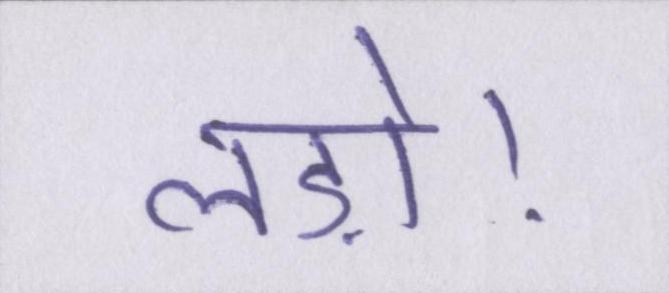
लड़ो।